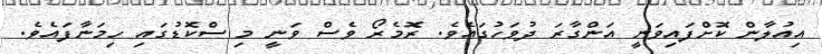
އިއުލާން ކޮށްފައިވަނީ އަންގާރަ ދުވަހުގައެވެ. ރޮމެރޯ ވެސް ވަނީ މި ސްކޮޑުގައި ހިމަނާފައެވެ.